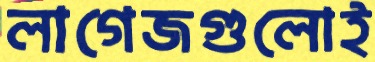
লাগেজগুলোই